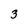
Character: 3